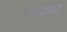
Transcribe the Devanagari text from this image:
जवलजवळ